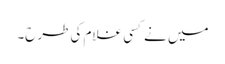
میں نے کسی غلام کی طرح۔